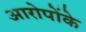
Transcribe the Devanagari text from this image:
आरोपोंके